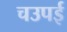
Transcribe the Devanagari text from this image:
चउपई